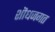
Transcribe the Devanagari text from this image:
शॊधजगत